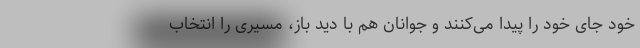
خود جای خود را پیدا می‌کنند و جوانان هم با دید باز، مسیری را انتخاب